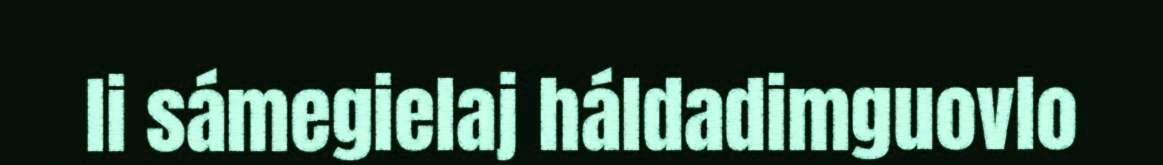
li sámegielaj háldadimguovlo